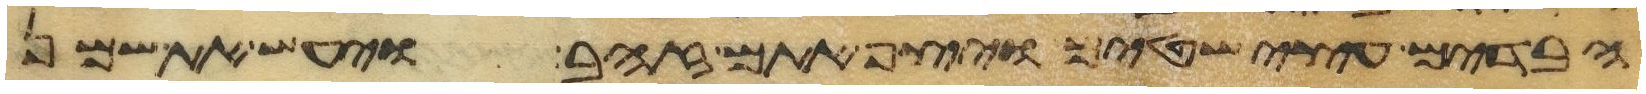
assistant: הבדים עצי שטים ויצף אתם זהב ויעש את שמן